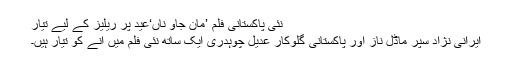
نئی پاکستانی فلم ’مان جاؤ ناں‘عید پر ریلیز کے لیے تیار
ایرانی نژاد سُپر ماڈل ناز اور پاکستانی گلوکار عدیل چوہدری ایک ساتھ نئی فلم میں آنے کو تیار ہیں۔